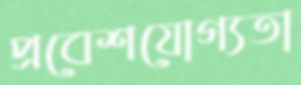
প্রবেশযোগ্যতা